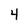
Character: 4